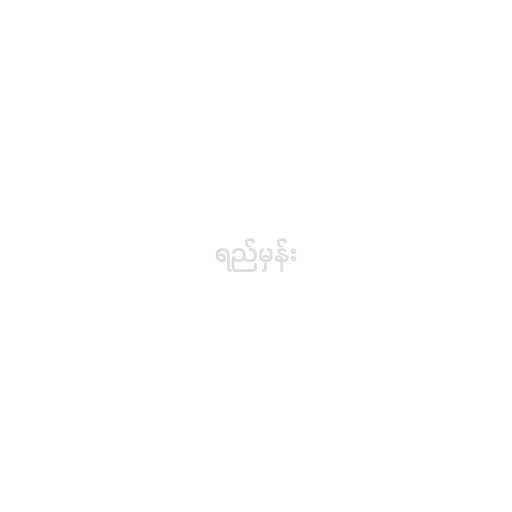
ရည်မှန်း